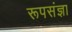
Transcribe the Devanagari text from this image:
रूपसंज्ञा